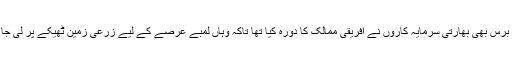
گزشتہ برس بھی بھارتی سرمایہ کاروں نے افریقی ممالک کا دورہ کیا تھا تاکہ وہاں لمبے عرصے کے لیے زرعی زمین ٹھیکے پر لی جا سکے۔